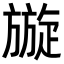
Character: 𭥄